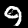
Digit: 9